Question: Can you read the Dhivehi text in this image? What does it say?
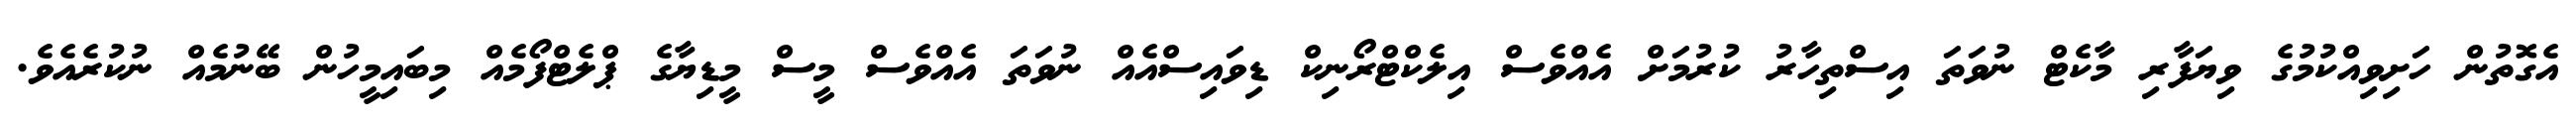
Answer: އެގޮތުން ހަށިވިއްކުމުގެ ވިޔަފާރި މާކެޓް ނުވަތަ އިސްތިހާރު ކުރުމަށް އެއްވެސް އިލެކްޓްރޯނިކް ޑިވައިސްއެއް ނުވަތަ އެއްވެސް މީސް މީޑިޔާގެ ޕްލެޓްފޯމެއް މިބައިމީހުން ބޭނުމެއް ނުކުރެއެވެ.